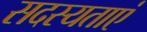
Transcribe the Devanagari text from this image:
सदस्यताएं